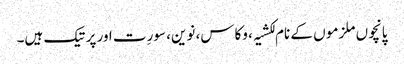
پانچوں ملزمو ں کے نام لکشیہ، وکاس، نوین، سورِت اور پرتیک ہیں۔